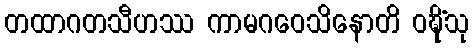
တထာဂတသီဟဿ ကာမဂဝေသိနောတိ ဝဍ္ဎိံသု